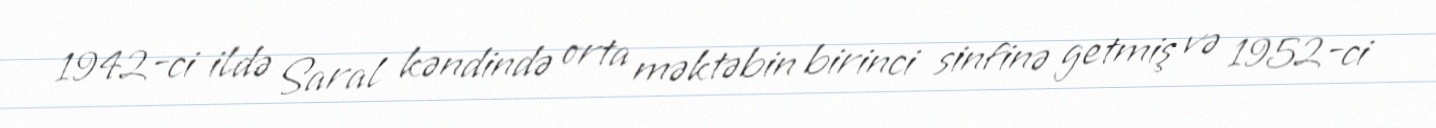
1942-ci ildə Saral kəndində orta məktəbin birinci sinfinə getmiş və 1952-ci